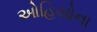
ઓહિયોના